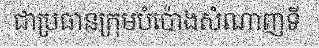
ជាប្រធានក្រុមបំប៉ោងសំណាញទី